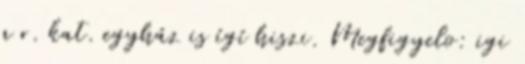
a r. kat. egyház is ígí hiszi. Megfigyelo: igi